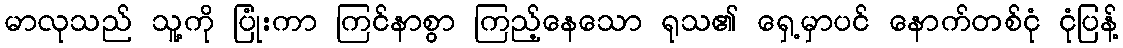
မာလုသည် သူ့ကို ပြုံးကာ ကြင်နာစွာ ကြည့်နေသော ရုသ၏ ရှေ့မှာပင် နောက်တစ်ငုံ ငုံပြန့်